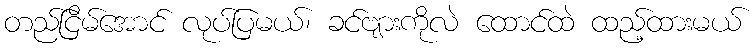
တည်ငြိမ်အောင် လုပ်ပြမယ်၊ ခင်ဗျားကိုလဲ ထောင်ထဲ ထည့်ထားမယ်